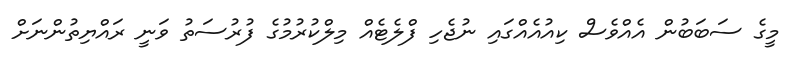
މީގެ ސަބަބުން އެއްވެސް ކިއުއެއްގައި ނުޖެހި ފްލެޓެއް މިލްކުރުމުގެ ފުރުސަތު ވަނީ ރައްޔިތުންނަށް